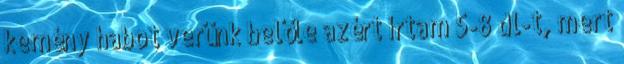
kemény habot verünk belőle azért írtam 5-8 dl-t, mert